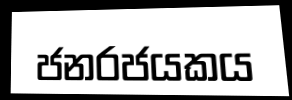
ජනරජයකය